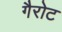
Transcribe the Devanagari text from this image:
गैरोट